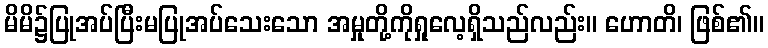
မိမိ၌ပြုအပ်ပြီးမပြုအပ်သေးသော အမှုတို့ကိုရှုလေ့ရှိသည်လည်း။ ဟောတိ၊ ဖြစ်၏။